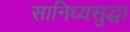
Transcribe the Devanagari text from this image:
सानिध्यसुद्धा